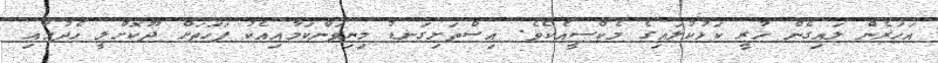
އަހަރެން ލައިގެން ހުރީ ކަޅުކުލައިގެ މެކްސީއެކެވެ. އިސްތަށިގަނޑު މިނިވަންކަމާއިއެކު ފަހަތަށް ދޫކޮށްލީ ހެދުމާއި